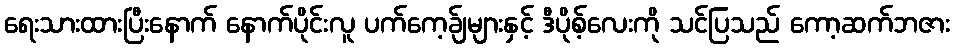
ရေးသားထားပြီးနောက် နောက်ပိုင်းလူ ပက်ကေ့ခ်ျများနှင့် ဒီပိုစ့်လေးကို သင်ပြသည် ကော့ဆက်ဘဇား